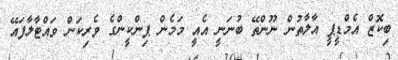
ބިކޮޒް އެމްޑީޕީ އާލާތުން ނޫންތޭ ބުނަނީ އެއީ މަމެން ޕިންކީންގެ ވެރިކަން ވައްޓާލާފައޭ